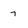
Character: 7